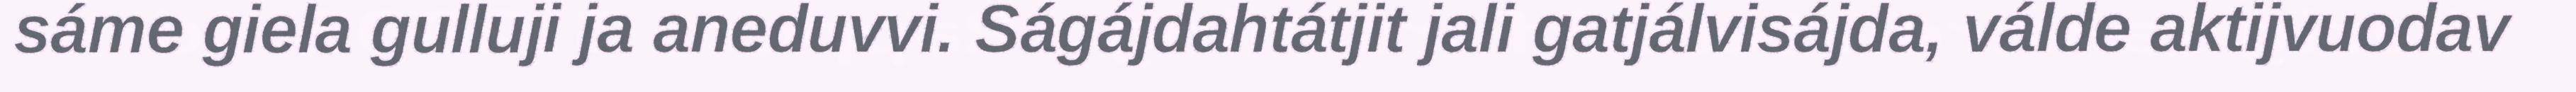
sáme giela gulluji ja aneduvvi. Ságájdahtátjit jali gatjálvisájda, válde aktijvuodav